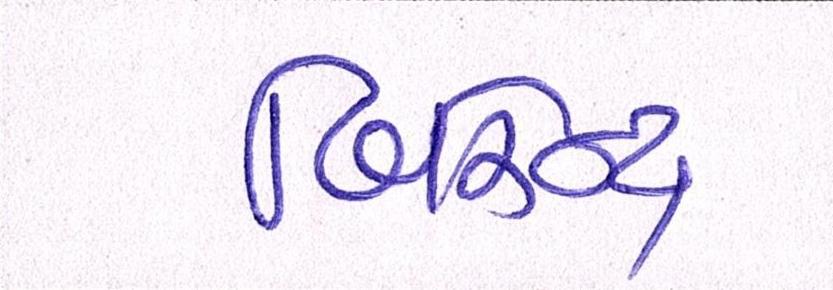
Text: બિરેન્દ્ર